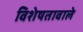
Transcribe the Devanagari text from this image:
विशेषतावाले